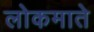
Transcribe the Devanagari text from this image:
लोकमाते